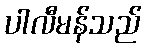
ပါလီမန်သည်